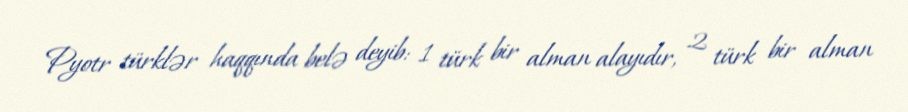
Pyotr türklər haqqında belə deyib: 1 türk bir alman alayıdır, 2 türk bir alman